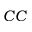
C C